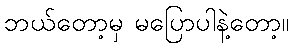
ဘယ်တော့မှ မပြောပါနဲ့တော့။